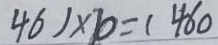
4 6 1 \times 1 0 = ( 4 6 0